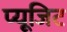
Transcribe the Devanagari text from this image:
प्यूजिट